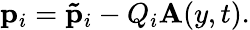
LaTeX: \mathbf{p}_{i}=\mathbf{\tilde{p}}_{i}-Q_{i}\mathbf{A}(y,t).